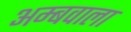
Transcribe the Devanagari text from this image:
अम्बवाला